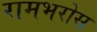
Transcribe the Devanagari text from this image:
रामभरोस